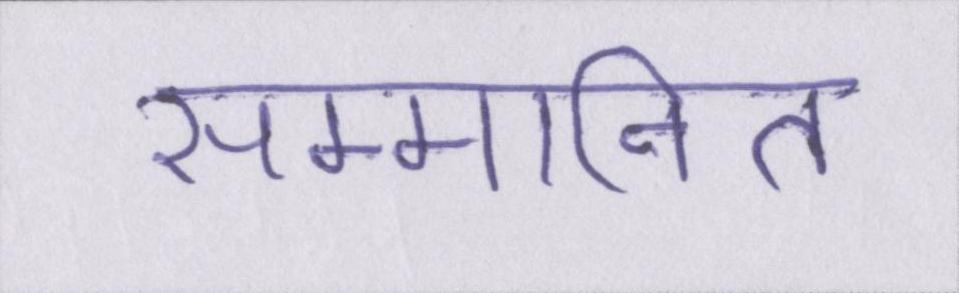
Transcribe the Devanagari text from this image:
सम्मानित